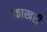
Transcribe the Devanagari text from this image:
फाखरी